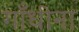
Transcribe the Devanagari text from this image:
गाँधीना